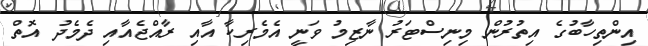
އިންތިހާބުގެ އިތުރުން މިނިސްޓަރު ނާޒިމު ވަނީ އެމެރިކާ އާއި ރާއްޖެއާއި ދެމެދު އޮތް